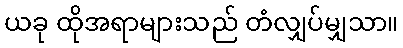
ယခု ထိုအရာများသည် တံလျှပ်မျှသာ။